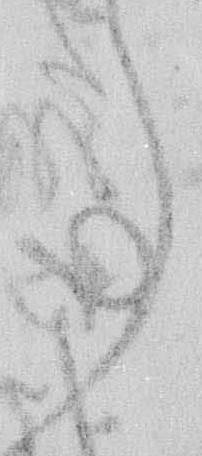
事